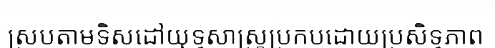
ស្របតាមទិសដៅយុទ្ធសាស្ត្រប្រកបដោយប្រសិទ្ធភាព